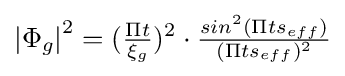
{\left\vert \Phi _{g}\right\vert }^{2}=({\tfrac {\Pi t}{\xi _{g}}})^{2}\cdot {\tfrac {sin^{2}{(\Pi ts_{eff}})}{(\Pi ts_{eff})^{2}}}